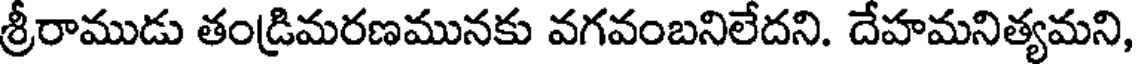
శ్రీరాముడు తండ్రిమరణమునకు వగవంబనిలేదని. దేహమనిత్యమని,